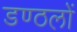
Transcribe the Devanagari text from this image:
डण्ठलों